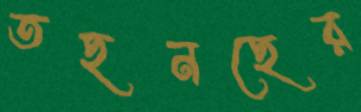
তছনছের